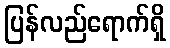
ပြန်လည်ရောက်ရှိ